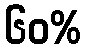
၆၀%